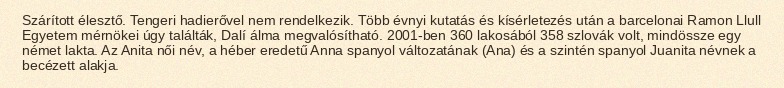
Szárított élesztő. Tengeri hadierővel nem rendelkezik. Több évnyi kutatás és kísérletezés után a barcelonai Ramon Llull Egyetem mérnökei úgy találták, Dalí álma megvalósítható. 2001-ben 360 lakosából 358 szlovák volt, mindössze egy német lakta. Az Anita női név, a héber eredetű Anna spanyol változatának (Ana) és a szintén spanyol Juanita névnek a becézett alakja.